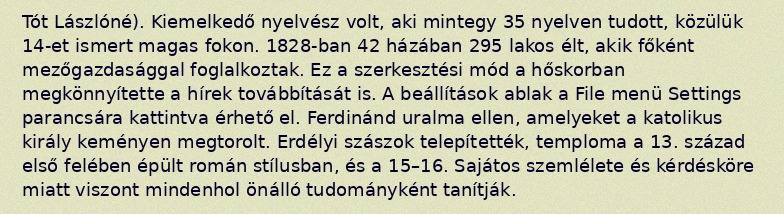
Tót Lászlóné). Kiemelkedő nyelvész volt, aki mintegy 35 nyelven tudott, közülük 14-et ismert magas fokon. 1828-ban 42 házában 295 lakos élt, akik főként mezőgazdasággal foglalkoztak. Ez a szerkesztési mód a hőskorban megkönnyítette a hírek továbbítását is. A beállítások ablak a File menü Settings parancsára kattintva érhető el. Ferdinánd uralma ellen, amelyeket a katolikus király keményen megtorolt. Erdélyi szászok telepítették, temploma a 13. század első felében épült román stílusban, és a 15–16. Sajátos szemlélete és kérdésköre miatt viszont mindenhol önálló tudományként tanítják.